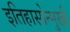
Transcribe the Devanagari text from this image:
इतिहासोन्मुखी